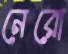
নেরো